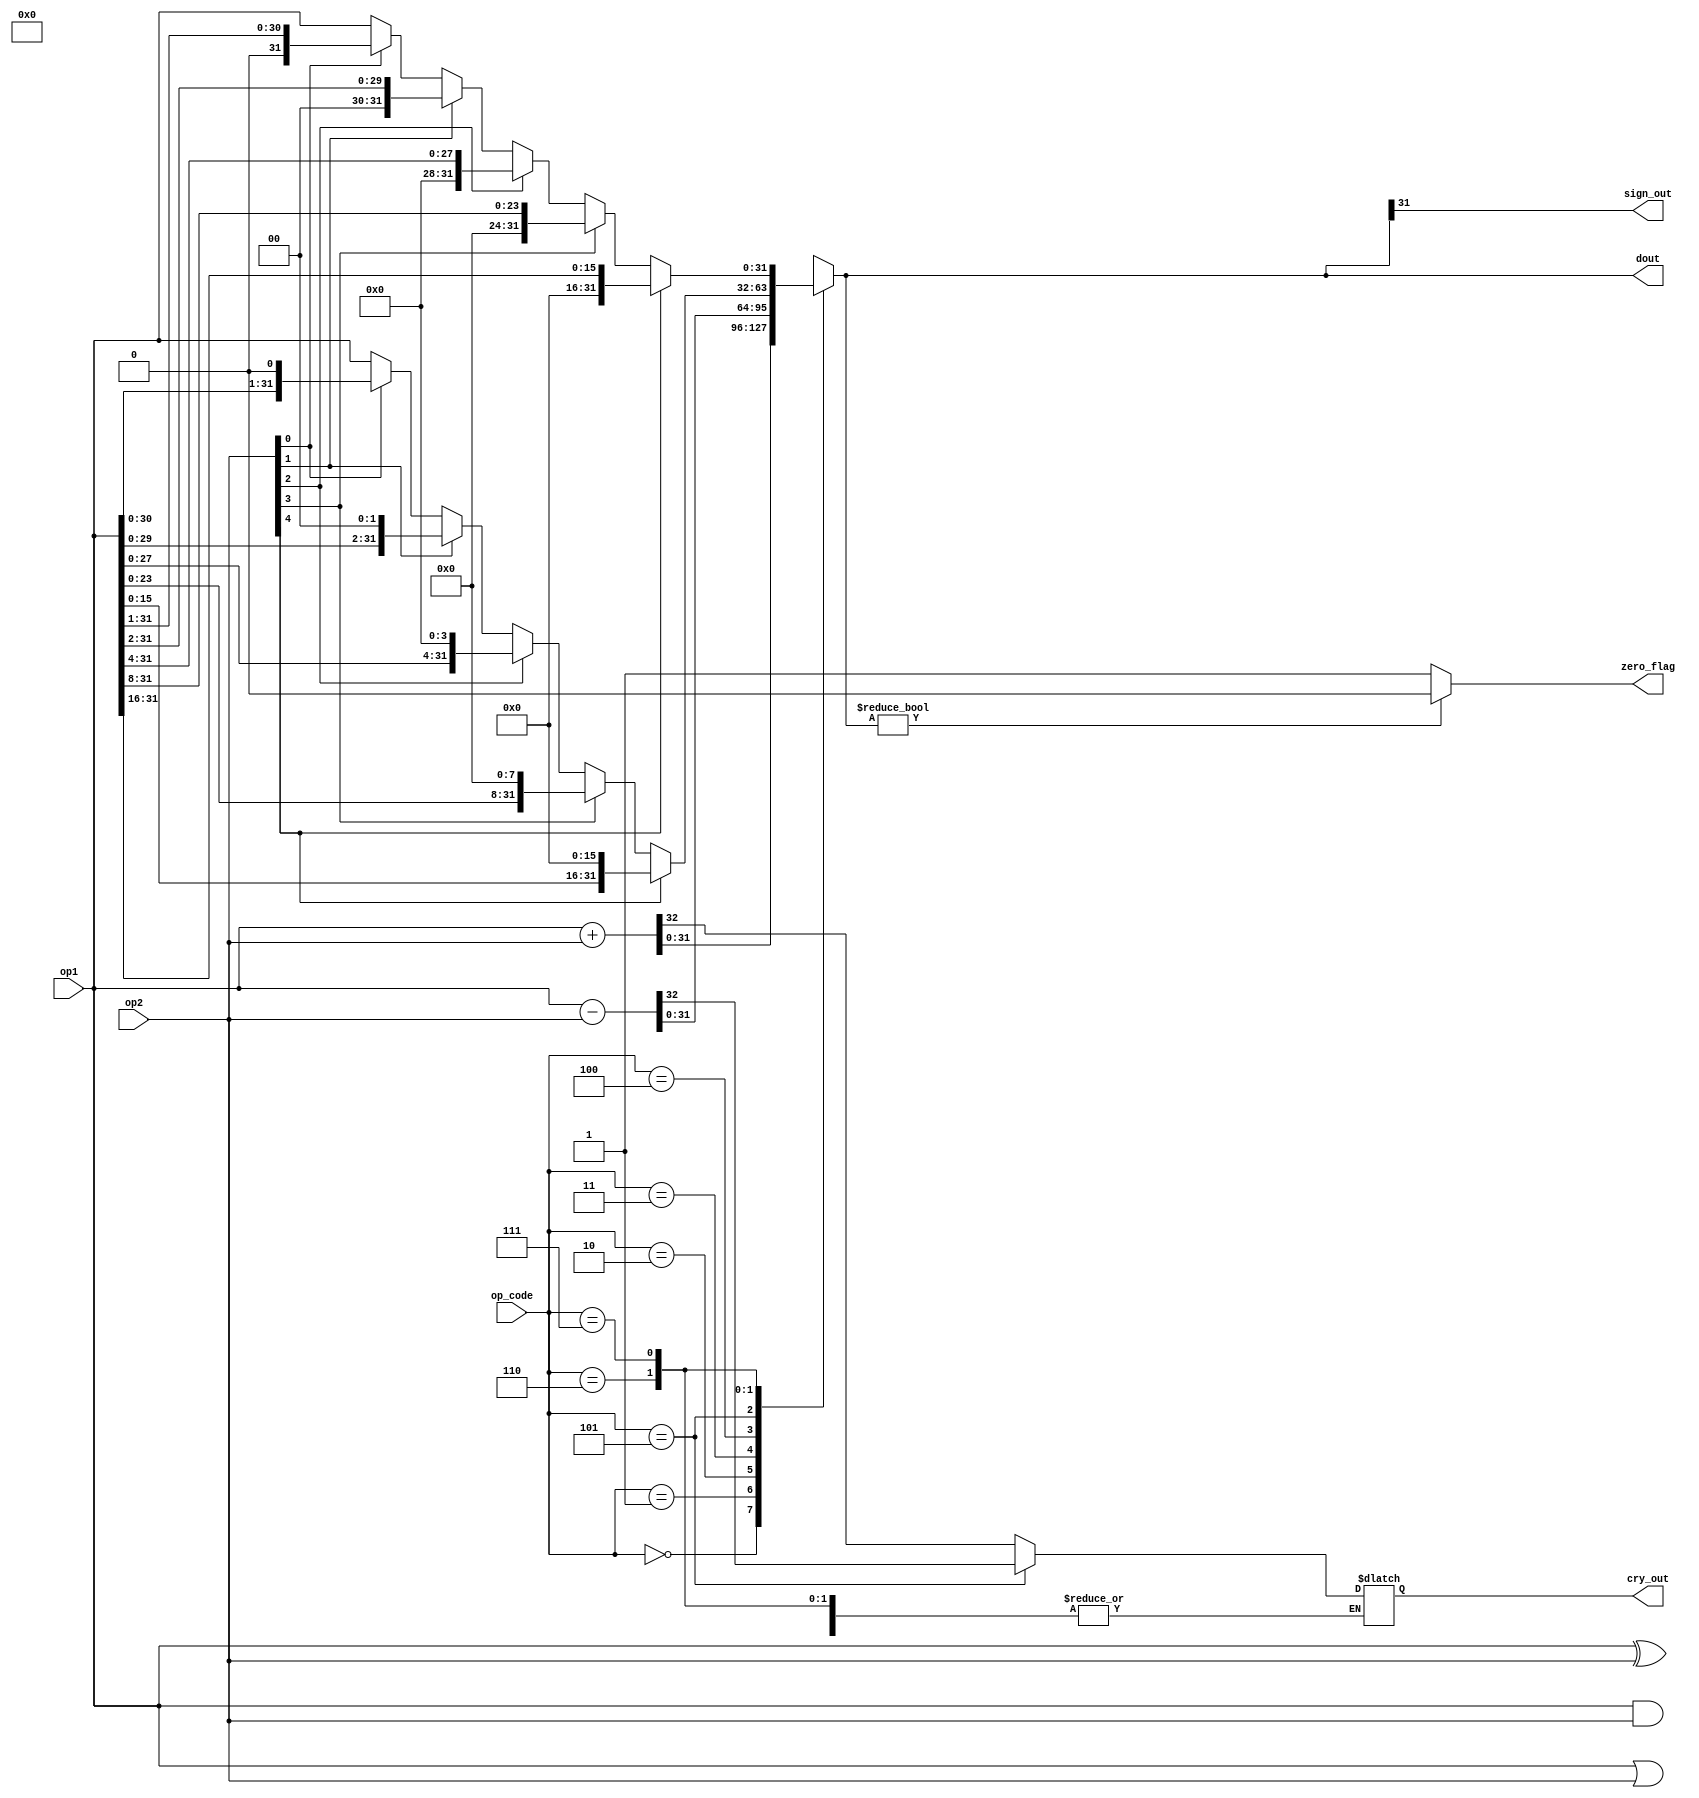
/* 
Single cycle RISC-V CPU (RV32I)
Author: Mehran Goli
Version: 1.0
Date: 01-10-2020
*/

module ALU_RV32I #(parameter n = 32) 
	(input [n-1:0] op1, op2,
     input [2:0] op_code,
	 output reg [n-1:0] dout,
	 output zero_flag, sign_out,
	 output reg cry_out);
	

	wire slt;
	wire [4:0] shift_amount = op2[4:0];
	wire [n-1:0] shift_l_1, shift_l_2, shift_l_4, shift_l_8, shift_l;
	wire [n-1:0] shift_r_1, shift_r_2, shift_r_4, shift_r_8, shift_r;
	
	
  always@(op1, op2, op_code, shift_l, shift_r, slt) begin
		
		case (op_code)
			3'b000: dout = op1 & op2;	// and
			3'b001: dout = op1 | op2;	// or
			3'b010: dout = op1 ^ op2;	// xor
			3'b011: dout = slt;	//signed compares (less than)
			3'b100: {cry_out, dout} = op1 + op2;	// addition
			3'b101: {cry_out, dout} = op1 - op2;	// subtraction
			3'b110:	dout = shift_l;	// 16-bit shift left
			3'b111: dout = shift_r;	// 16-bit shift right
			default: dout = op1;	
		endcase	
	end
	
	assign shift_l_1 = shift_amount[0]? {op1[30:0],1'b0} : op1;
	assign shift_l_2 = shift_amount[1]? {op1[29:0],2'b00} : shift_l_1;
	assign shift_l_4 = shift_amount[2]? {op1[27:0],4'b0000} : shift_l_2;
	assign shift_l_8 = shift_amount[3]? {op1[23:0],8'b0000_0000} : shift_l_4;
	assign shift_l = shift_amount[4]? {op1[15:0],16'b0000_0000_0000_0000} : shift_l_8;
	
	assign shift_r_1 = shift_amount[0]? {1'b0,op1[31:1]} : op1;
	assign shift_r_2 = shift_amount[1]? {2'b00,op1[31:2]} : shift_r_1;
	assign shift_r_4 = shift_amount[2]? {4'b0000,op1[31:4]} : shift_r_2;
	assign shift_r_8 = shift_amount[3]? {8'b0000_0000,op1[31:8]} : shift_r_4;
	assign shift_r = shift_amount[4]? {16'b0000_0000_0000_0000,op1[31:16]} : shift_r_8;
		
	assign zero_flag = dout ? 0 : 1;
	assign sign_out = dout[31];

endmodule